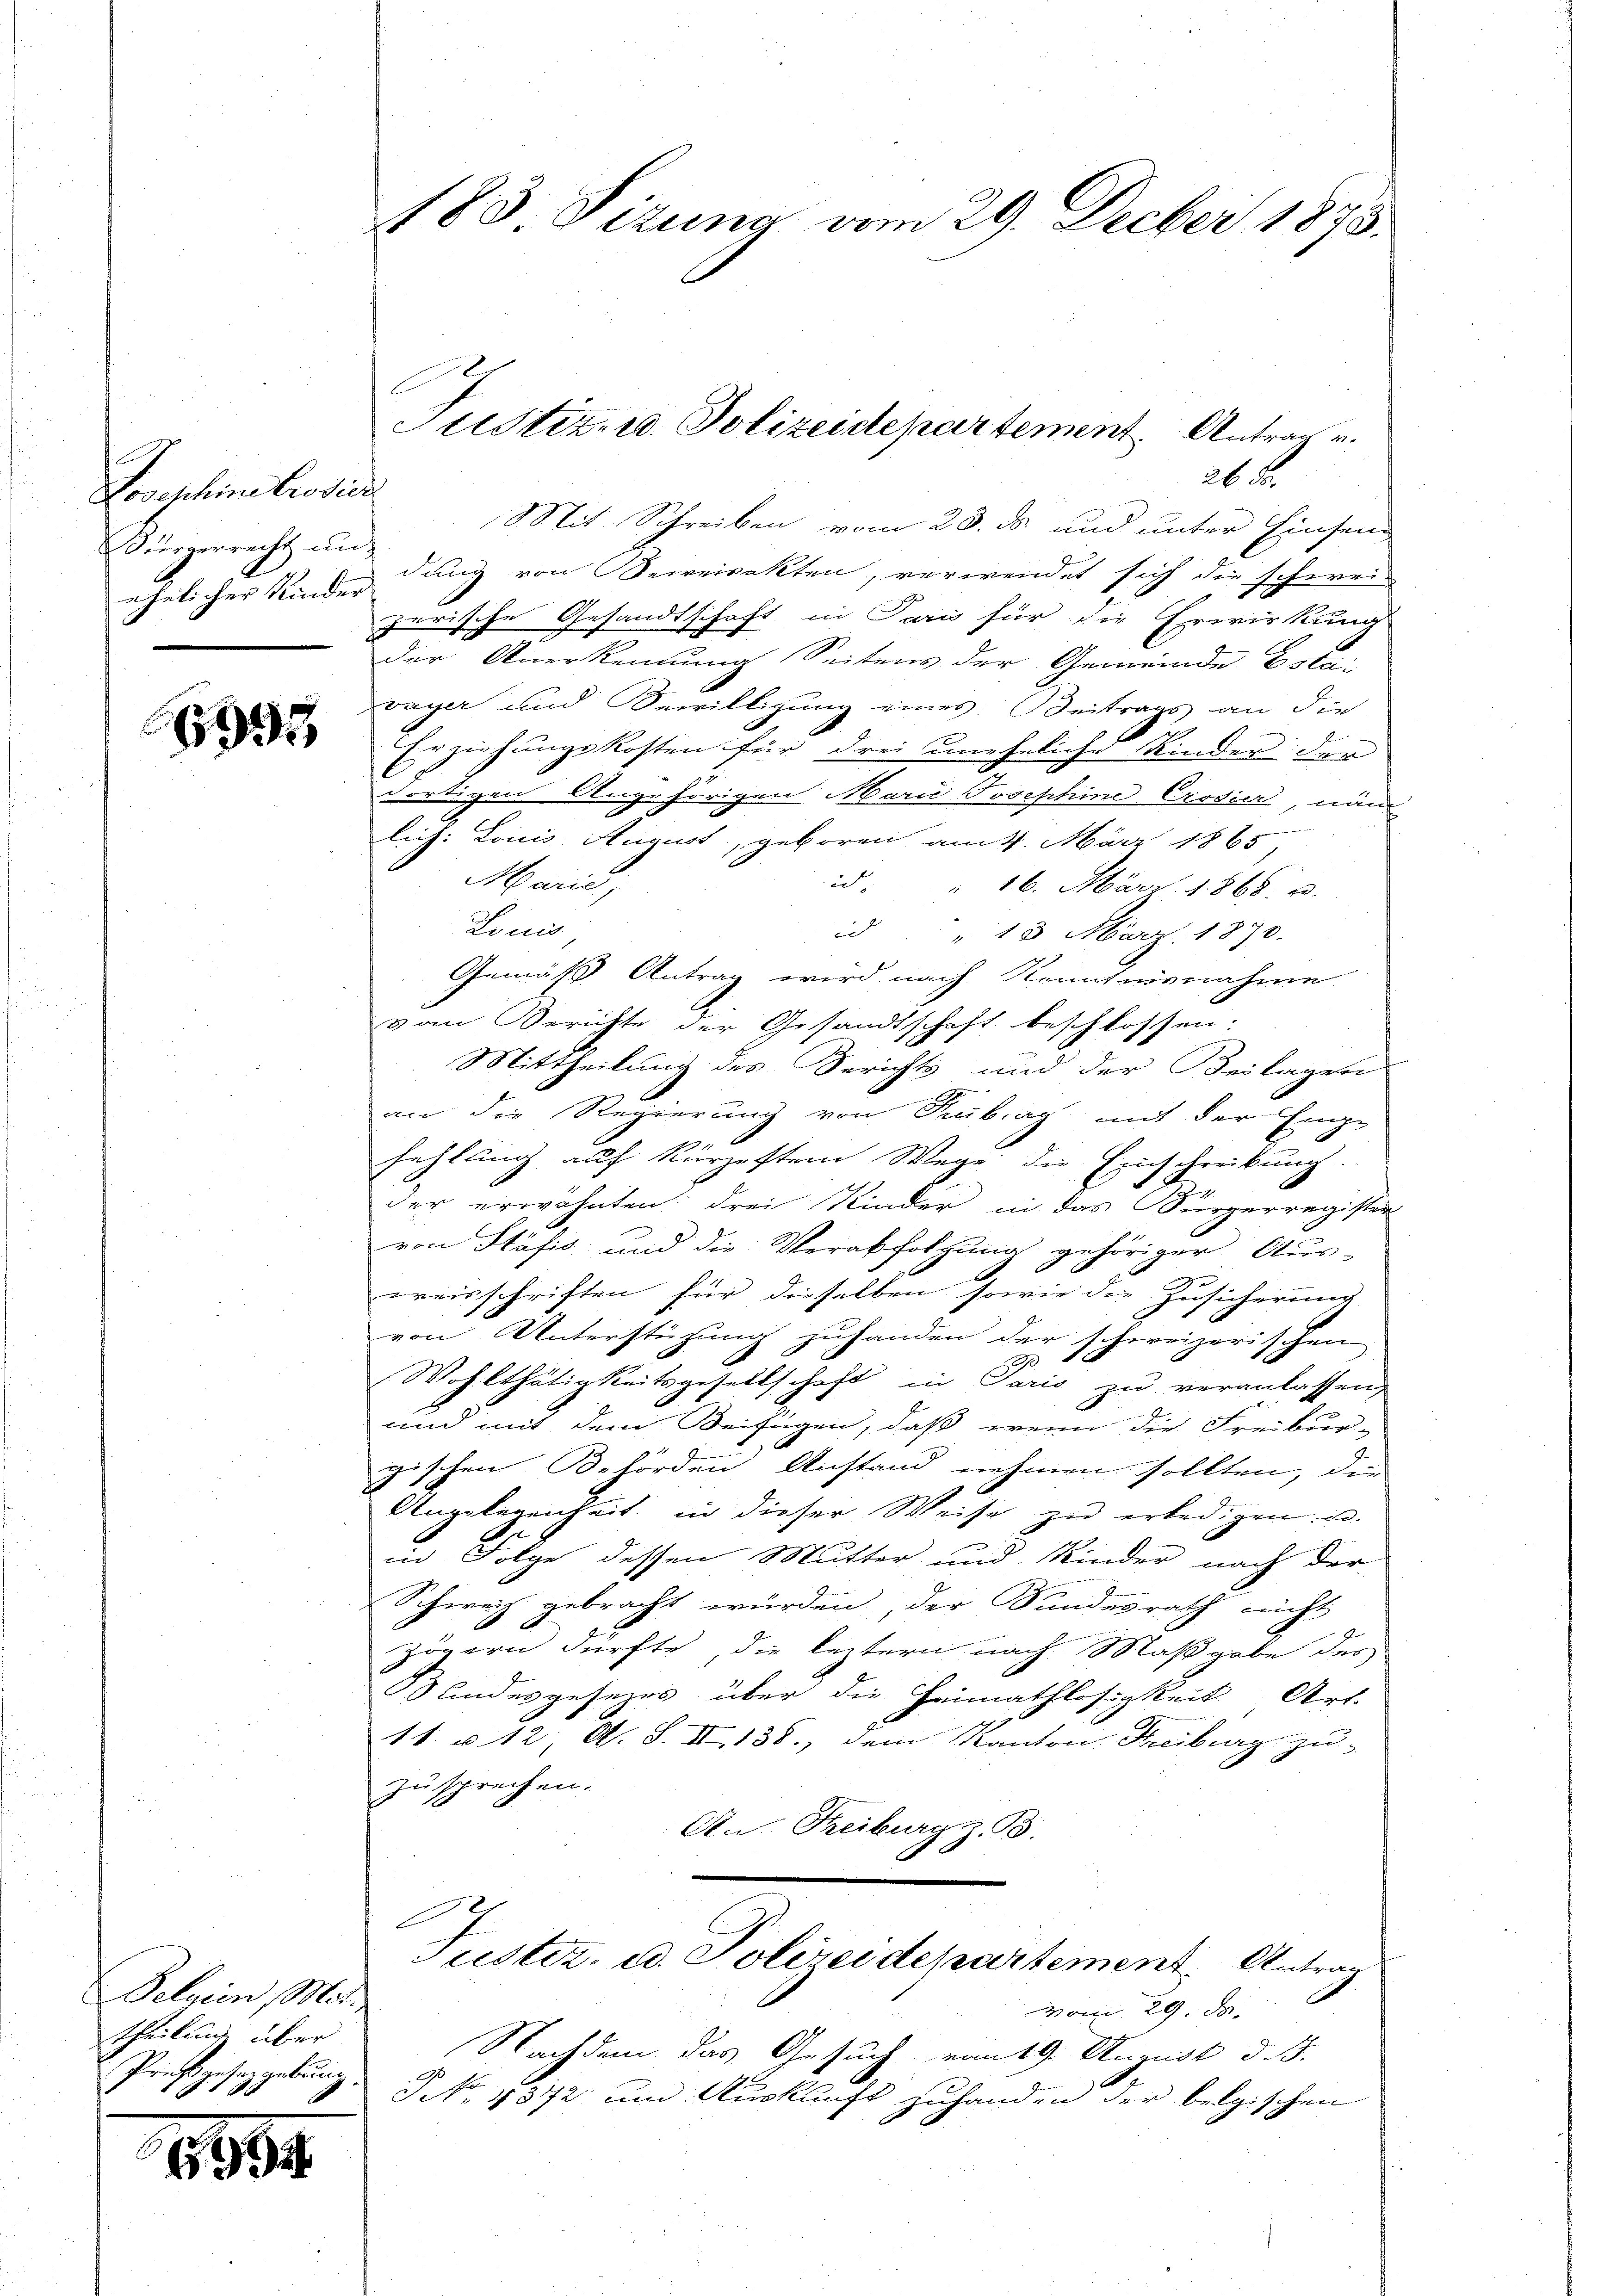
B
Lobeschine Crodici
Bürgerrecht un
ehelicher Kinder

6995

Pelaien, Mit
theilung über
Preßgesetzgebung.

94

183 Sizung vom 29. Decber 1873.

26 F
Mit Schreiben vom 23. ds und unter Einsend
dung von Beweisekten, verwendet sich die schweizerische Gesandtschaft in Paris für die Erwirkung
der Anerkennung Seitens der Gemeinde Esta-
vayer und Bewilligung eines Beitrage an die
Erziehungskosten für drei uneheliche Kinder der
dortigen Angehörigen Marić Josephine Crodier, nam
lich: Louis August, geboren am 4. März 1865,
Marić,
id " 16. März 1868. u.
Louis
id " " 13. März 1870.
Gemäß Antrag wird nach Kenntnisnahme
vom Berichte der Gesandtschaft beschlossen:
Mittheilung des Berichts und der Beilagen

an die Regierung von Gebirg mit der Eige
fehlung auf kürzestem Wege die Einschreibung.
der erwähnten drei Kinder in das Sürgerregister
von Stäfis- und die Verabfolgung gehöriger Aus-
Kreisschriften für dieselben sowie die Zusicherung
von Unterstüzung zuhanden der schweizerischen
90
Wohlthätigkeitsgesellschaft in Paris zu veranlassen
und mit dem Beifügen, daß wenn die Freibur-
gischen Behörden Anstand nehmen sollten, die
Angelegenheit in dieser Weise zu erledigen u.
in Folge dessen Mutter und Kinder nach der
Schweiz gebracht würden, der Sandesrath nicht
zögern dürfte, die leztern nach Maßgabe des
Sundesgesezes über die Heimathlosigkeit Art.
11. u. 12, A. S. II 138, dem Kanton Freiburg zu
zusprechen.
An Freiburg z. B.
E
Justiz, u. Polizeidepartement Antrau
vom 29. d.
Nachdem das Gesuch vom 19. August d. J.
G. Er
Sct. 4372 und Auskunft zuhanden der belgischen

Justiz- u. Polizeidepartement. Antrag v.